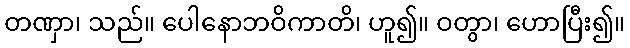
တဏှာ၊ သည်။ ပေါနောဘဝိကာတိ၊ ဟူ၍။ ဝတွာ၊ ဟောပြီး၍။